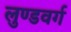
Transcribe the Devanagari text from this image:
लुण्डवर्ग